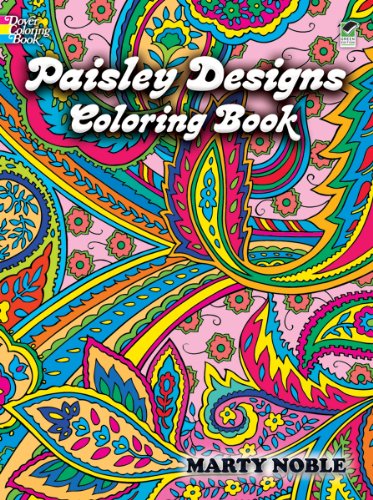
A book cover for Paisley Designs Coloring Book (Dover Design Coloring Books); Marty Noble; Arts & Photography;